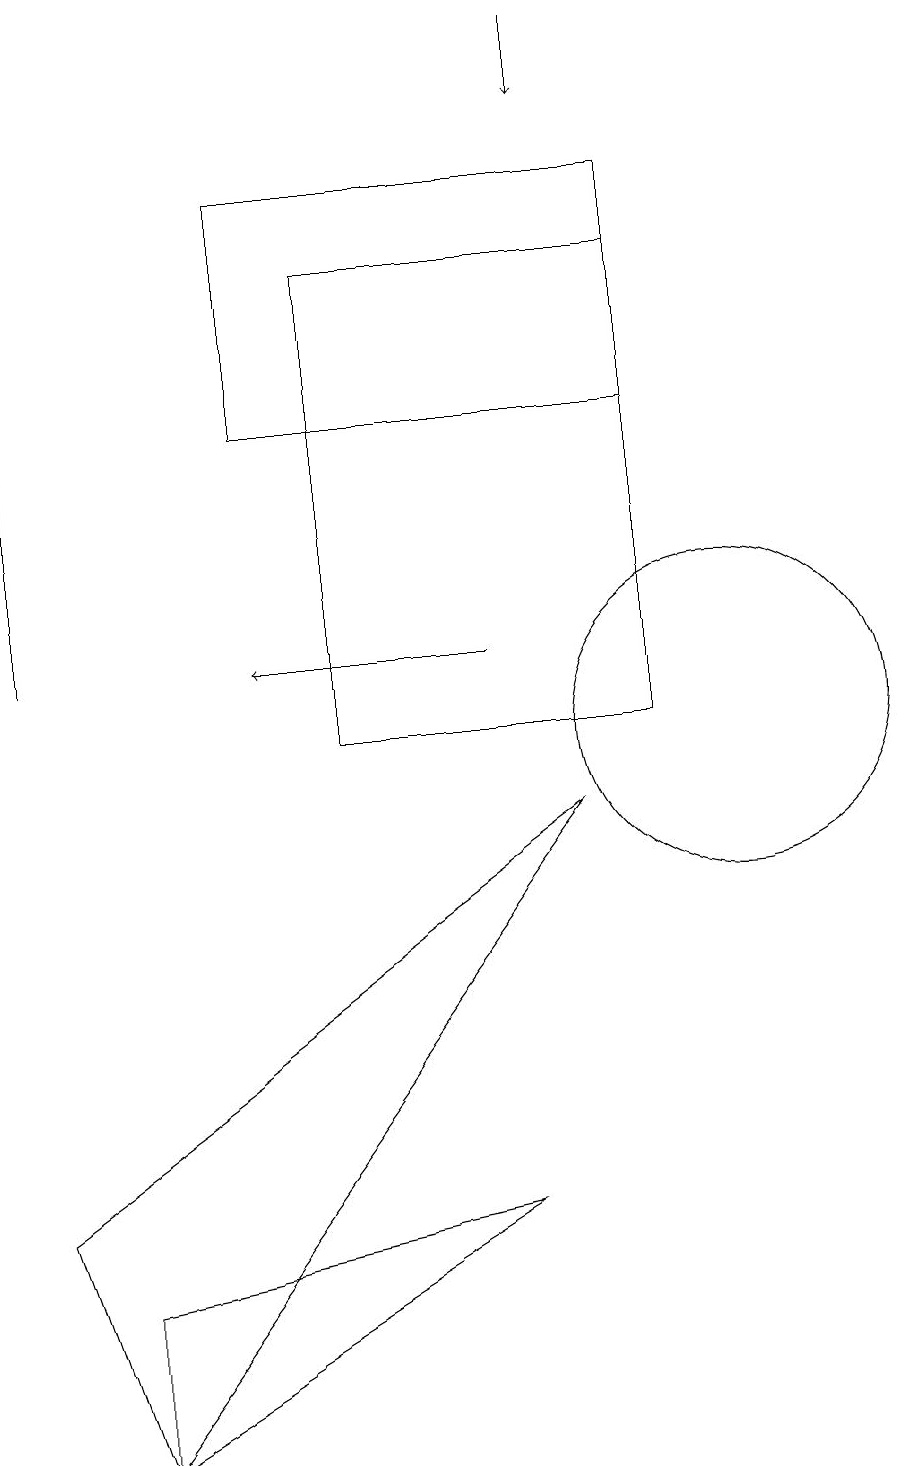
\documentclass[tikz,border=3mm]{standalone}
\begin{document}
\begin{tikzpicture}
\draw[->] (7,11) -- (4,11);
\draw (10,10) circle (2);
\draw[->] (8,19) -- (8,18);
\draw (8,9) -- (1,4) -- (2,1) -- cycle;
\draw[->] (1,11) -- (1,14);
\draw (2,1) -- (2,3) -- (7,4) -- cycle;
\draw (9,10) rectangle (5,16);
\draw (4,14) rectangle (9,17);
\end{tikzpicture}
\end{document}